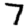
Digit: 7